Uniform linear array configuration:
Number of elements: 64
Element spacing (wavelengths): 0.5
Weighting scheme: cosine
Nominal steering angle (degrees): -15
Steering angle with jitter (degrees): -14.204
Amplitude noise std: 0.05
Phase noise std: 0.05

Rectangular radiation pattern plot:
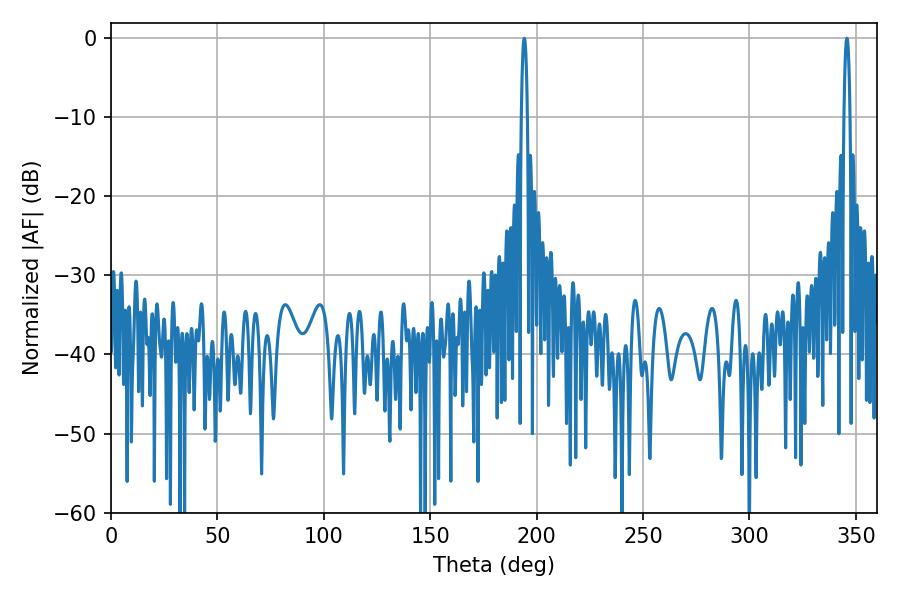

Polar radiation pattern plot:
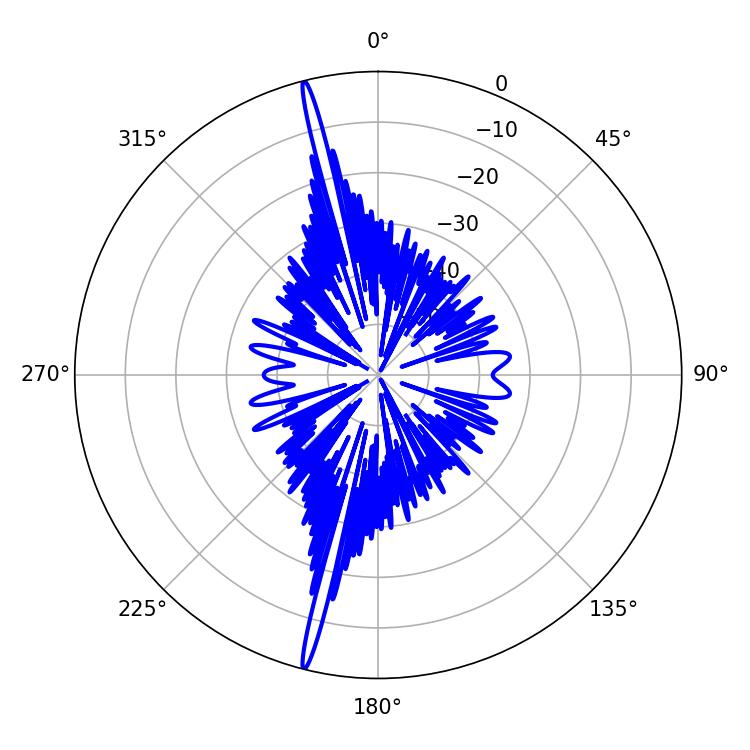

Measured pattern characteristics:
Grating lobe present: FALSE
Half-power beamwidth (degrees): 1.44
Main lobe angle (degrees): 194.22